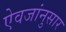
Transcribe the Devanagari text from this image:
ऐवजांनुसार